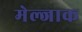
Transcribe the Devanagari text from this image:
मेल्जाक